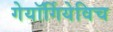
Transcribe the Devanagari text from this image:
गेयॉर्गियेविच